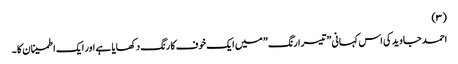
(۳)
احمد جاوید کی اس کہانی ”تیسرا رنگ ” میں ایک خوف کا رنگ دکھایا ہے اور ایک اطمینان کا ۔